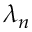
\lambda _ { n }